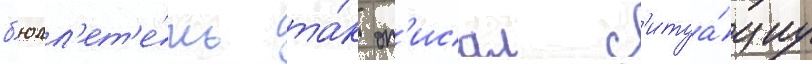
б'юлл'ет'е́нь та́к оп'исал с'итуа́циу